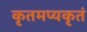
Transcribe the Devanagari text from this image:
कृतमप्यकृतं